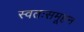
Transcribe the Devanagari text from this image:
स्वतःसमूहन